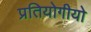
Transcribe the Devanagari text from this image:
प्रतियोगीयो